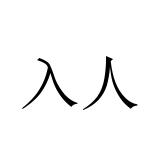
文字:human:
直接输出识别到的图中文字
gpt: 入人